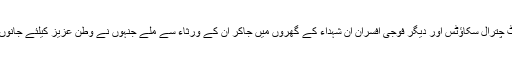
بعد ازاں کمانڈنٹ چترال سکاؤٹس اور دیگر فوجی افسران ان شہداء کے گھروں میں جاکر ان کے ورثاء سے ملے جنہوں نے وطن عزیز کیلئے جانوں کی قربانی دی۔